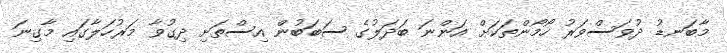
މާބަނޑު ދުވަސްވަރު ހޯމޯންތަކަށް އަންނަ ބަދަލުގެ ސަބަބުން އިސްތަށި ދިގުވާ މަރުހަލާގައި މާގިނަ